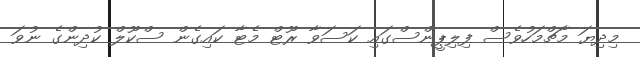
މިދިޔަ މާޗްމަހުވެސް ފިލިޕީންސްގައި ކަސަވާ ރޫޓް މެޓާ ކައިގެން ސްކޫލް ކުދިންގެ ނުވަ